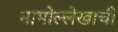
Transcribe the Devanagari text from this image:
नामोल्लेखाची